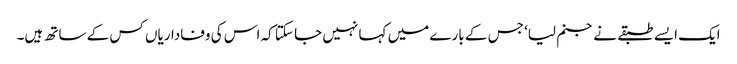
ایک ایسے طبقے نے جنم لیا‘ جس کے بارے میں کہا نہیں جا سکتا کہ اس کی وفاداریاں کس کے ساتھ ہیں۔